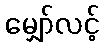
မျှော်လင့်